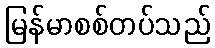
မြန်မာစစ်တပ်သည်